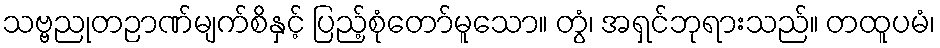
သဗ္ဗညုတဉာဏ်မျက်စိနှင့် ပြည့်စုံတော်မူသော။ တွံ၊ အရှင်ဘုရားသည်။ တထူပမံ၊